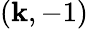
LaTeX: (\mathbf{k},-1)